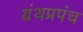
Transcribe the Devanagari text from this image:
ग्रंथप्रपंच